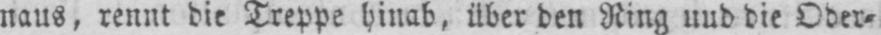
naus, rennt die Treppe hinab, über den Ring und die Ober⸗